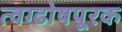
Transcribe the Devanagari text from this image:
त्वग्ढोषपूरक